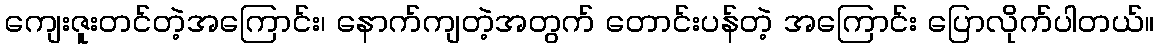
ကျေးဇူးတင်တဲ့အကြောင်း၊ နောက်ကျတဲ့အတွက် တောင်းပန်တဲ့ အကြောင်း ပြောလိုက်ပါတယ်။